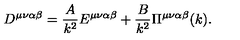
D ^ { \mu \nu \alpha \beta } = \frac { A } { k ^ { 2 } } E ^ { \mu \nu \alpha \beta } + \frac { B } { k ^ { 2 } } \Pi ^ { \mu \nu \alpha \beta } ( k ) .